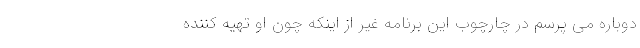
دوباره می پرسم در چارچوب این برنامه غیر از اینکه چون او تهیه کننده